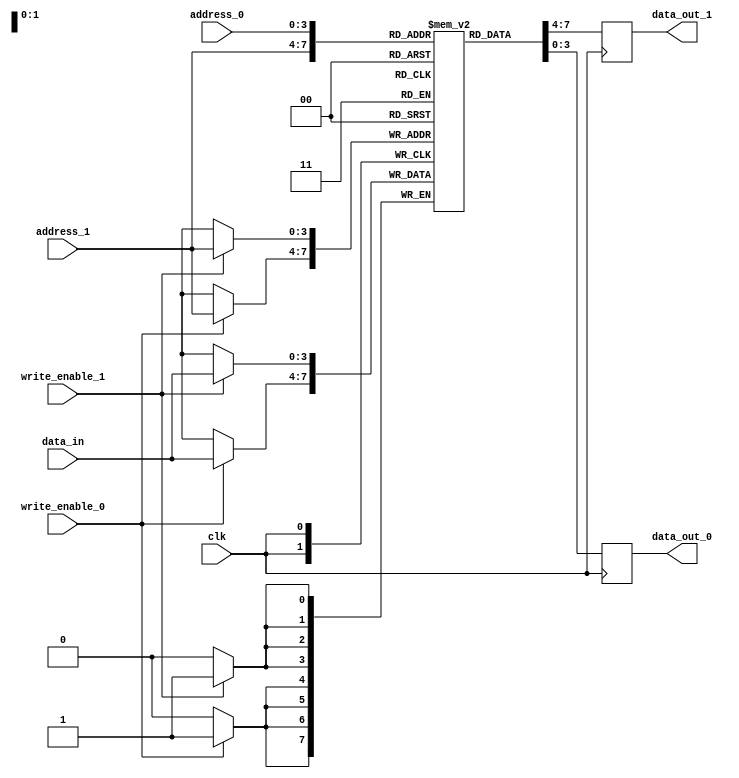
module dualPortRam(address_1, address_0, data_in, write_enable_1, write_enable_0, clk, data_out_1, data_out_0);

	parameter 								DATA_WIDTH = 4;
	parameter 								ADDR_WIDTH = 4;
	parameter								INIT_FILE = "";
	
	input 		[(ADDR_WIDTH - 1):0]	address_1, address_0;
	input 		[(DATA_WIDTH - 1):0]	data_in;
	input										write_enable_1, write_enable_0, clk;
	output reg 	[(DATA_WIDTH - 1):0]	data_out_1, data_out_0;

	reg signed [DATA_WIDTH - 1:0] mem[2**ADDR_WIDTH - 1:0]
	/* synthesis ramstyle = "M9K" */;
	
	always @ (posedge clk)
	begin
		if ( write_enable_1 )
		begin
			mem[address_1] <= data_in;
		end
		data_out_1 <= mem[address_1];
		
		if ( write_enable_0 )
		begin
			mem[address_1] <= data_in;
		end
		data_out_0 <= mem[address_0];
	end
	
	initial
	begin
		if (INIT_FILE != "")
		begin
			$readmemb(INIT_FILE, mem);
		end
	end
	
endmodule